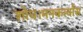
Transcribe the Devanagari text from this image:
शोध।मनकर्त्यास